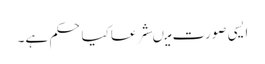
ایسی صورت میںشرعاکیاحکم ہے۔